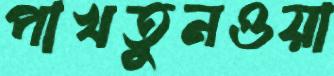
পাখতুনওয়া